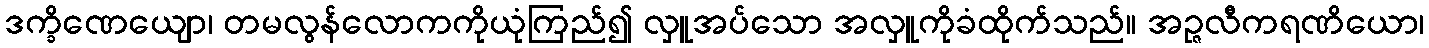
ဒက္ခိဏေယျော၊ တမလွန်လောကကိုယုံကြည်၍ လှူအပ်သော အလှူကိုခံထိုက်သည်။ အဉ္ဇလီကရဏိယော၊